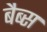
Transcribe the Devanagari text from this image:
बैब्स